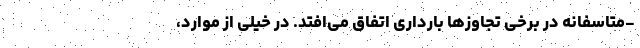
-متاسفانه در برخی تجاوز‌ها بارداری اتفاق می‌افتد. در خیلی از موارد،